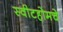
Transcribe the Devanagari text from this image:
स्वीटहोमचे